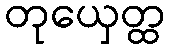
တုယှေတ္ထ